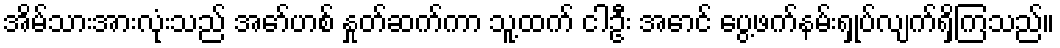
အိမ်သားအားလုံးသည် အော်ဟစ် နှုတ်ဆက်ကာ သူ့ထက် ငါဦး အောင် ပွေ့ဖက်နမ်းရှုပ်လျက်ရှိကြသည်။